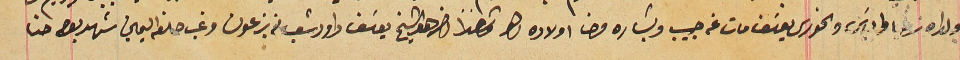
ولداه زكريا والياسَ والخورى يوسَف مات عنه حبيب وبشاره وحنا اولاده الخ وشاهداً اخر هو الشيخ يوسَف داود شعيا من بزعون وغب حلفه اليمين شهد بوجه حنا